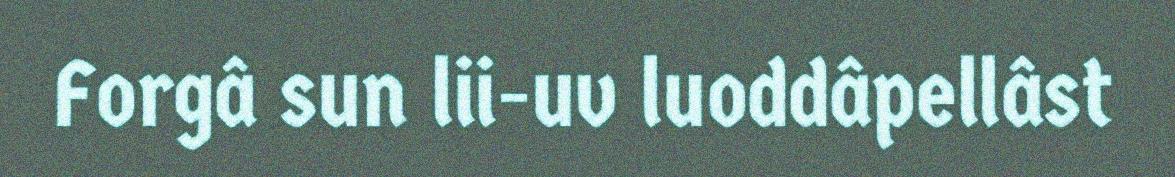
Forgâ sun lii-uv luoddâpellâst